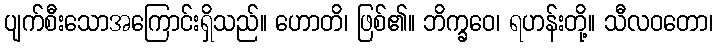
ပျက်စီးသောအကြောင်းရှိသည်။ ဟောတိ၊ ဖြစ်၏။ ဘိက္ခဝေ၊ ရဟန်းတို့။ သီလဝတော၊